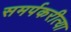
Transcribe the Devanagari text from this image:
समर्पकरीत्या